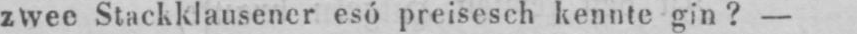
zwee Stackklausener esó preisesch kennte gin? -